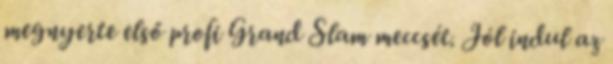
megnyerte első profi Grand Slam meccsét. Jól indul az